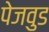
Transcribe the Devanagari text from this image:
पेजवुड